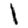
Digit: 1